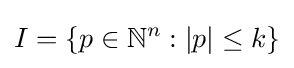
I=\{p\in \mathbb {N} ^{n}:|p|\leq k\}